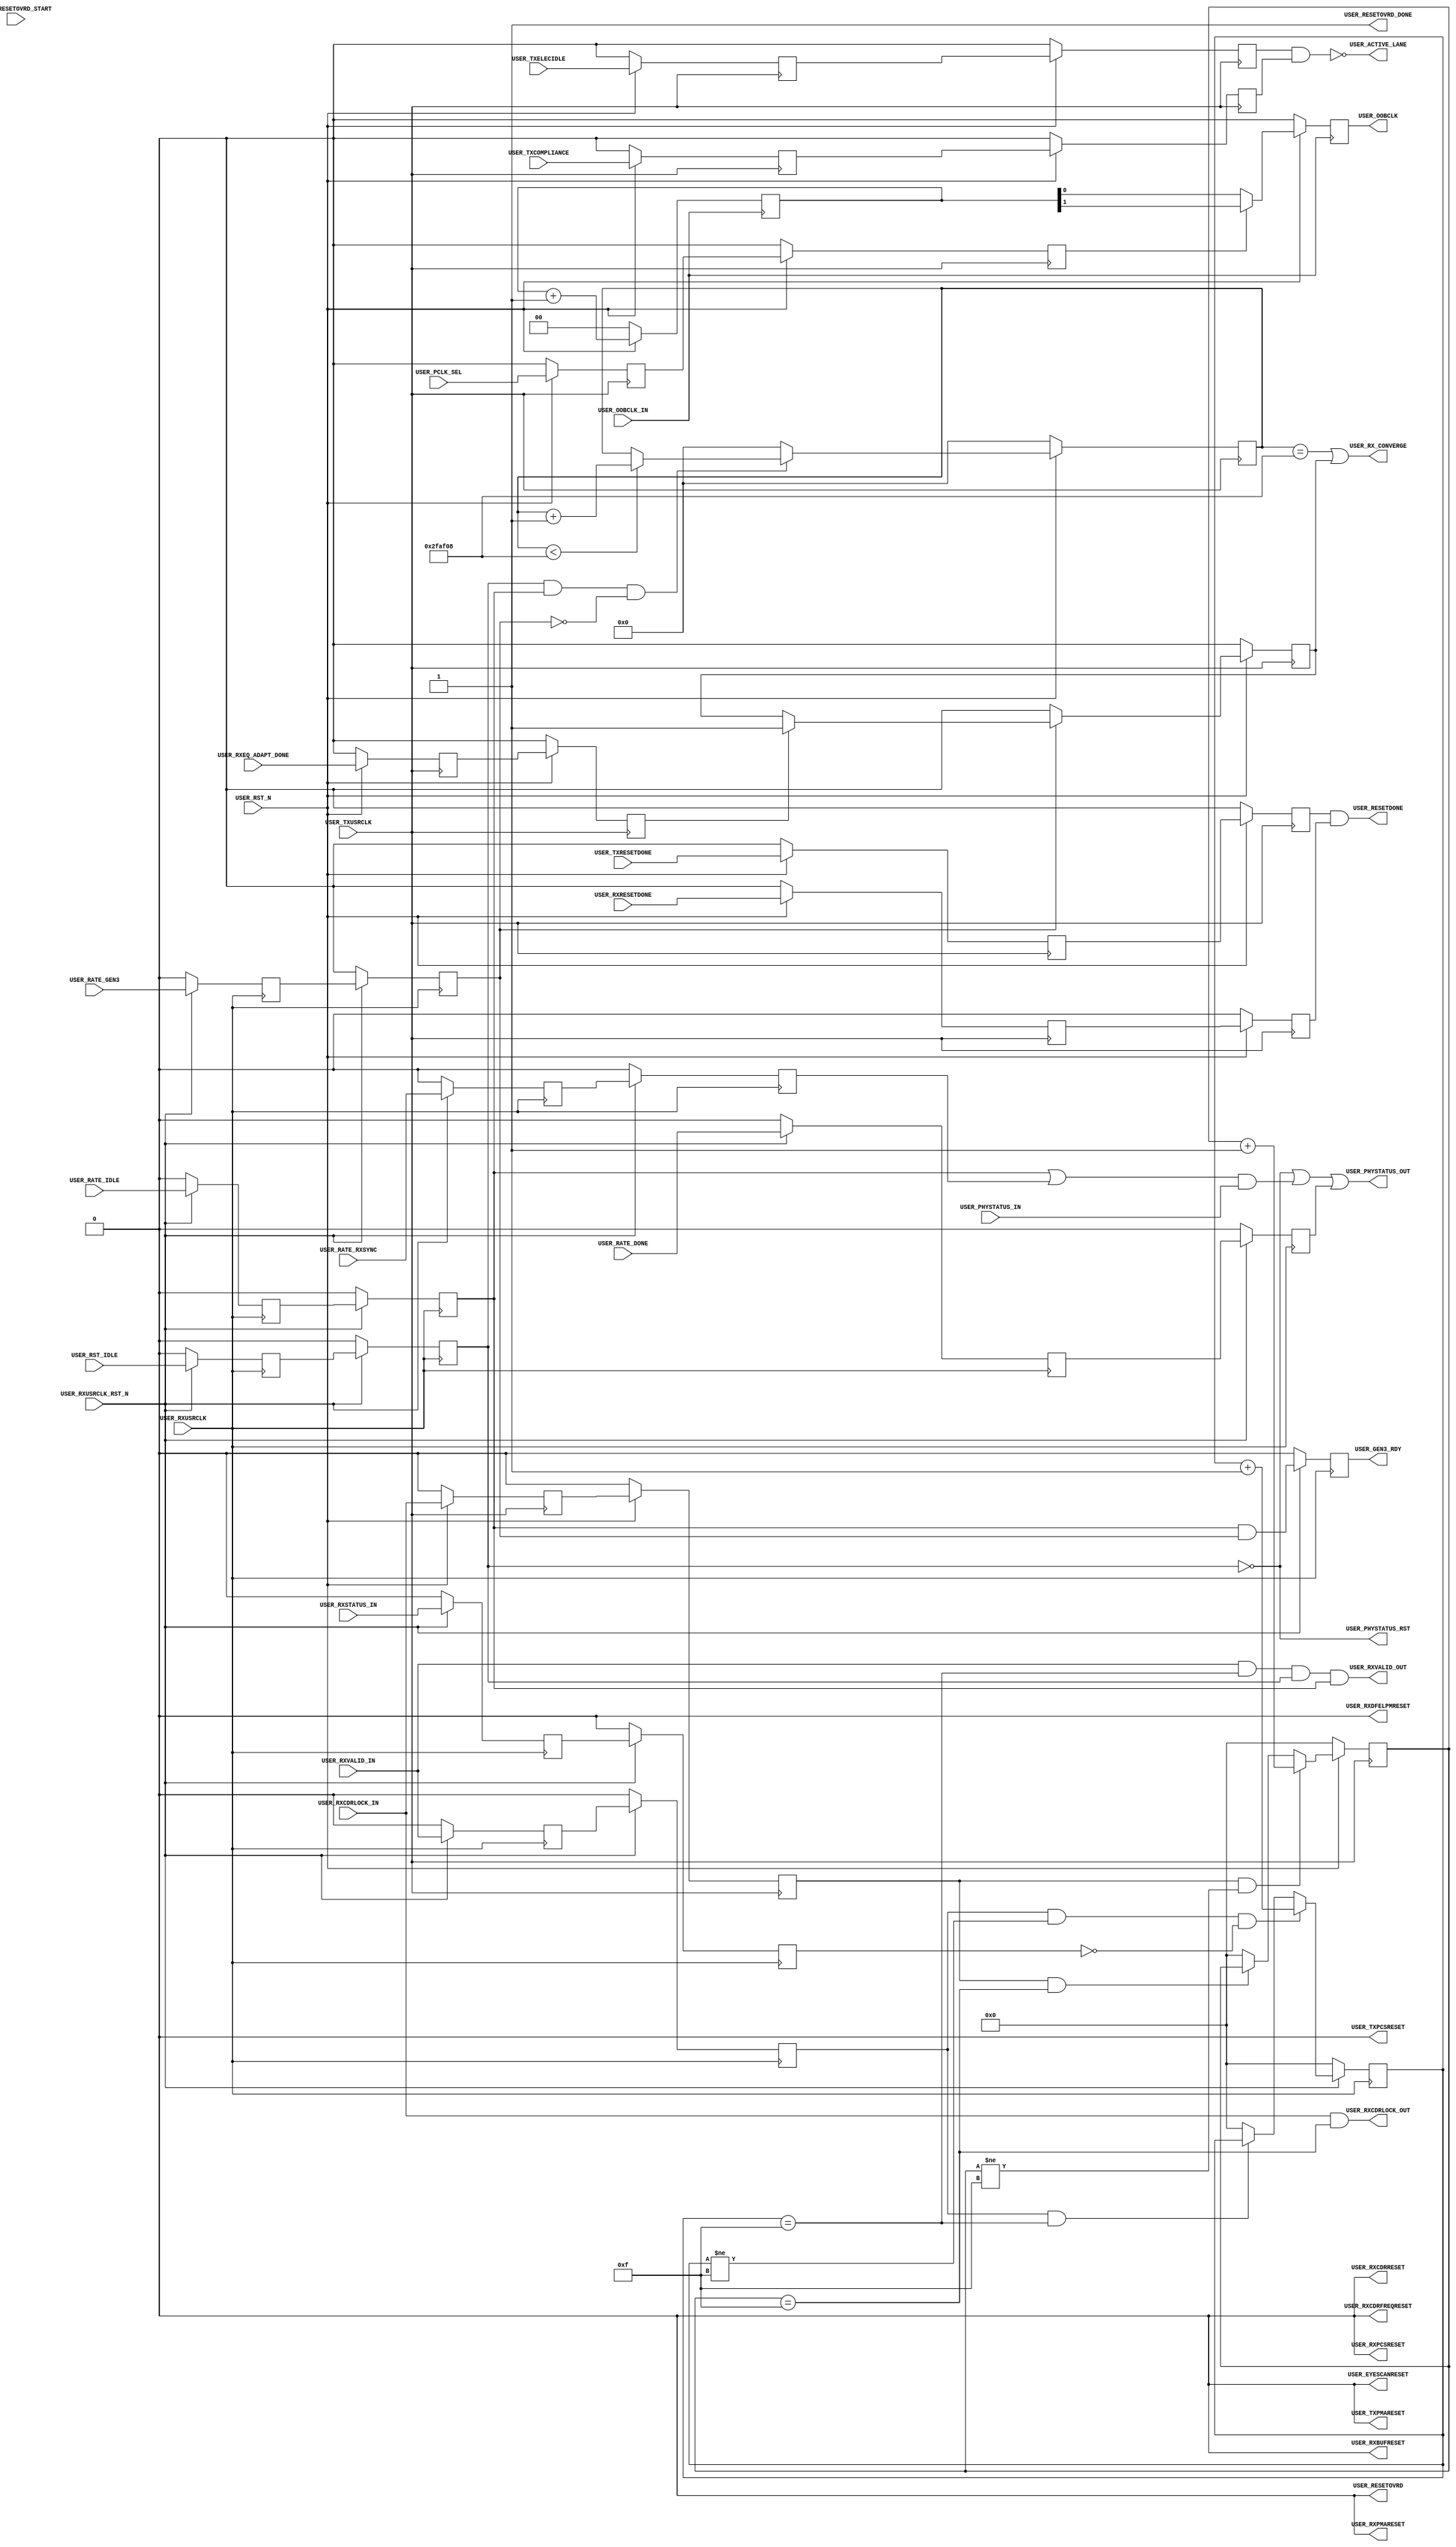
//-----------------------------------------------------------------------------
//
// (c) Copyright 2012-2012 Xilinx, Inc. All rights reserved.
//
// This file contains confidential and proprietary information
// of Xilinx, Inc. and is protected under U.S. and
// international copyright and other intellectual property
// laws.
//
// DISCLAIMER
// This disclaimer is not a license and does not grant any
// rights to the materials distributed herewith. Except as
// otherwise provided in a valid license issued to you by
// Xilinx, and to the maximum extent permitted by applicable
// law: (1) THESE MATERIALS ARE MADE AVAILABLE "AS IS" AND
// WITH ALL FAULTS, AND XILINX HEREBY DISCLAIMS ALL WARRANTIES
// AND CONDITIONS, EXPRESS, IMPLIED, OR STATUTORY, INCLUDING
// BUT NOT LIMITED TO WARRANTIES OF MERCHANTABILITY, NON-
// INFRINGEMENT, OR FITNESS FOR ANY PARTICULAR PURPOSE; and
// (2) Xilinx shall not be liable (whether in contract or tort,
// including negligence, or under any other theory of
// liability) for any loss or damage of any kind or nature
// related to, arising under or in connection with these
// materials, including for any direct, or any indirect,
// special, incidental, or consequential loss or damage
// (including loss of data, profits, goodwill, or any type of
// loss or damage suffered as a result of any action brought
// by a third party) even if such damage or loss was
// reasonably foreseeable or Xilinx had been advised of the
// possibility of the same.
//
// CRITICAL APPLICATIONS
// Xilinx products are not designed or intended to be fail-
// safe, or for use in any application requiring fail-safe
// performance, such as life-support or safety devices or
// systems, Class III medical devices, nuclear facilities,
// applications related to the deployment of airbags, or any
// other applications that could lead to death, personal
// injury, or severe property or environmental damage
// (individually and collectively, "Critical
// Applications"). Customer assumes the sole risk and
// liability of any use of Xilinx products in Critical
// Applications, subject only to applicable laws and
// regulations governing limitations on product liability.
//
// THIS COPYRIGHT NOTICE AND DISCLAIMER MUST BE RETAINED AS
// PART OF THIS FILE AT ALL TIMES.
//
//-----------------------------------------------------------------------------
//
// Project    : Virtex-7 FPGA Gen3 Integrated Block for PCI Express
// Version    : 3.0
//----------------------------------------------------------------------------//
//  Description  :  PIPE User Module for 7 Series Transceiver
//  Version      :  15.3.3
//------------------------------------------------------------------------------



`timescale 1ns / 1ps



//---------- PIPE User Module --------------------------------------------------
module pcie3_7x_v3_0_pipe_user #
(

    parameter PCIE_SIM_MODE    = "FALSE",                   // PCIe sim mode 
    parameter PCIE_USE_MODE    = "3.0",                     // PCIe sim version
    parameter PCIE_OOBCLK_MODE = 1,                         // PCIe OOB clock mode
    parameter RXCDRLOCK_MAX    = 4'd15,                     // RXCDRLOCK max count
    parameter RXVALID_MAX      = 4'd15,                     // RXVALID max count
    parameter CONVERGE_MAX     = 22'd3125000                // Convergence max count
    
)

(

    //---------- Input -------------------------------------
    input               USER_TXUSRCLK,
    input               USER_RXUSRCLK,
    input               USER_OOBCLK_IN,
    input               USER_RST_N,
    input               USER_RXUSRCLK_RST_N,
    input               USER_PCLK_SEL,
    input               USER_RESETOVRD_START,
    input               USER_TXRESETDONE,
    input               USER_RXRESETDONE,
    input               USER_TXELECIDLE,
    input               USER_TXCOMPLIANCE,
    input               USER_RXCDRLOCK_IN,
    input               USER_RXVALID_IN,
    input               USER_RXSTATUS_IN,
    input               USER_PHYSTATUS_IN,
    input               USER_RATE_DONE, 
    input               USER_RST_IDLE,
    input               USER_RATE_RXSYNC,
    input               USER_RATE_IDLE,
    input               USER_RATE_GEN3,
    input               USER_RXEQ_ADAPT_DONE,
    
    //---------- Output ------------------------------------
    output              USER_OOBCLK,
    output              USER_RESETOVRD,
    output              USER_TXPMARESET,                            
    output              USER_RXPMARESET,                           
    output              USER_RXCDRRESET,               
    output              USER_RXCDRFREQRESET,           
    output              USER_RXDFELPMRESET,            
    output              USER_EYESCANRESET,             
    output              USER_TXPCSRESET,                              
    output              USER_RXPCSRESET,                            
    output              USER_RXBUFRESET,   
    output              USER_RESETOVRD_DONE,            
    output              USER_RESETDONE,
    output              USER_ACTIVE_LANE,
    output              USER_RXCDRLOCK_OUT,
    output              USER_RXVALID_OUT,
    output              USER_PHYSTATUS_OUT,
    output              USER_PHYSTATUS_RST,
    output              USER_GEN3_RDY,
    output              USER_RX_CONVERGE 

);
    
    //---------- Input Registers ---------------------------   
(* ASYNC_REG = "TRUE", SHIFT_EXTRACT = "NO" *)    reg                 pclk_sel_reg1;
(* ASYNC_REG = "TRUE", SHIFT_EXTRACT = "NO" *)    reg                 resetovrd_start_reg1;
(* ASYNC_REG = "TRUE", SHIFT_EXTRACT = "NO" *)    reg                 txresetdone_reg1;
(* ASYNC_REG = "TRUE", SHIFT_EXTRACT = "NO" *)    reg                 rxresetdone_reg1; 
(* ASYNC_REG = "TRUE", SHIFT_EXTRACT = "NO" *)    reg                 txelecidle_reg1;
(* ASYNC_REG = "TRUE", SHIFT_EXTRACT = "NO" *)    reg                 txcompliance_reg1;
(* ASYNC_REG = "TRUE", SHIFT_EXTRACT = "NO" *)    reg                 rxcdrlock_reg1;
(* ASYNC_REG = "TRUE", SHIFT_EXTRACT = "NO" *)    reg                 rxvalid_reg1;
(* ASYNC_REG = "TRUE", SHIFT_EXTRACT = "NO" *)    reg                 rxstatus_reg1;
(* ASYNC_REG = "TRUE", SHIFT_EXTRACT = "NO" *)    reg                 rate_done_reg1;
(* ASYNC_REG = "TRUE", SHIFT_EXTRACT = "NO" *)    reg                 rst_idle_reg1;
(* ASYNC_REG = "TRUE", SHIFT_EXTRACT = "NO" *)    reg                 rate_rxsync_reg1;
(* ASYNC_REG = "TRUE", SHIFT_EXTRACT = "NO" *)    reg                 rate_idle_reg1;
(* ASYNC_REG = "TRUE", SHIFT_EXTRACT = "NO" *)    reg                 rate_gen3_reg1;
(* ASYNC_REG = "TRUE", SHIFT_EXTRACT = "NO" *)    reg                 rxeq_adapt_done_reg1;

(* ASYNC_REG = "TRUE", SHIFT_EXTRACT = "NO" *)    reg                 pclk_sel_reg2;
(* ASYNC_REG = "TRUE", SHIFT_EXTRACT = "NO" *)    reg                 resetovrd_start_reg2;
(* ASYNC_REG = "TRUE", SHIFT_EXTRACT = "NO" *)    reg                 txresetdone_reg2;
(* ASYNC_REG = "TRUE", SHIFT_EXTRACT = "NO" *)    reg                 rxresetdone_reg2; 
(* ASYNC_REG = "TRUE", SHIFT_EXTRACT = "NO" *)    reg                 txelecidle_reg2;
(* ASYNC_REG = "TRUE", SHIFT_EXTRACT = "NO" *)    reg                 txcompliance_reg2;
(* ASYNC_REG = "TRUE", SHIFT_EXTRACT = "NO" *)	  reg	              rxcdrlock_reg2;
(* ASYNC_REG = "TRUE", SHIFT_EXTRACT = "NO" *)    reg                 rxvalid_reg2;
(* ASYNC_REG = "TRUE", SHIFT_EXTRACT = "NO" *)    reg                 rxstatus_reg2; 
(* ASYNC_REG = "TRUE", SHIFT_EXTRACT = "NO" *)    reg                 rate_done_reg2;   
(* ASYNC_REG = "TRUE", SHIFT_EXTRACT = "NO" *)    reg                 rst_idle_reg2; 
(* ASYNC_REG = "TRUE", SHIFT_EXTRACT = "NO" *)    reg                 rate_rxsync_reg2;
(* ASYNC_REG = "TRUE", SHIFT_EXTRACT = "NO" *)    reg                 rate_idle_reg2;
(* ASYNC_REG = "TRUE", SHIFT_EXTRACT = "NO" *)    reg                 rate_gen3_reg2;
(* ASYNC_REG = "TRUE", SHIFT_EXTRACT = "NO" *)    reg                 rxeq_adapt_done_reg2;
    
    //---------- Internal Signal ---------------------------
    reg         [ 1:0]  oobclk_cnt    =  2'd0;
    reg         [ 7:0]  reset_cnt     =  8'd127;
    reg         [ 3:0]  rxcdrlock_cnt =  4'd0;
    reg         [ 3:0]  rxvalid_cnt   =  4'd0;
    reg         [21:0]  converge_cnt  = 22'd0;
    reg                 converge_gen3 =  1'd0;
    
    //---------- Output Registers --------------------------
    reg                 oobclk   = 1'd0;
    reg         [ 7:0]  reset    = 8'h00;
    reg                 gen3_rdy = 1'd0;
    reg         [ 1:0]  fsm      = 2'd0;
    
    //---------- FSM ---------------------------------------                                         
    localparam          FSM_IDLE       = 2'd0; 
    localparam          FSM_RESETOVRD  = 2'd1;
    localparam          FSM_RESET_INIT = 2'd2;
    localparam          FSM_RESET      = 2'd3;    
    
    //---------- Simulation Speedup ------------------------
    localparam converge_max_cnt = (PCIE_SIM_MODE == "TRUE") ? 22'd100 : CONVERGE_MAX;                                                              



//---------- Input FF ----------------------------------------------------------
always @ (posedge USER_TXUSRCLK)
begin

    if (!USER_RST_N)
        begin    
        //---------- 1st Stage FF --------------------------  
        pclk_sel_reg1        <= 1'd0; 
        resetovrd_start_reg1 <= 1'd0;
        txresetdone_reg1     <= 1'd0;
        rxresetdone_reg1     <= 1'd0; 
        txelecidle_reg1      <= 1'd0;
        txcompliance_reg1    <= 1'd0;
        rxcdrlock_reg1 	     <= 1'd0;
        rxeq_adapt_done_reg1 <= 1'd0;
        //---------- 2nd Stage FF --------------------------
        pclk_sel_reg2        <= 1'd0;
        resetovrd_start_reg2 <= 1'd0;
        txresetdone_reg2     <= 1'd0;
        rxresetdone_reg2     <= 1'd0; 
        txelecidle_reg2      <= 1'd0;
        txcompliance_reg2    <= 1'd0;
        rxcdrlock_reg2 	     <= 1'd0;
        rxeq_adapt_done_reg2 <= 1'd0;
        end
    else
        begin  
        //---------- 1st Stage FF --------------------------
        pclk_sel_reg1        <= USER_PCLK_SEL;
        resetovrd_start_reg1 <= USER_RESETOVRD_START;
        txresetdone_reg1     <= USER_TXRESETDONE;
        rxresetdone_reg1     <= USER_RXRESETDONE;
        txelecidle_reg1      <= USER_TXELECIDLE;
        txcompliance_reg1    <= USER_TXCOMPLIANCE;
        rxcdrlock_reg1 	     <= USER_RXCDRLOCK_IN;
        rxeq_adapt_done_reg1 <= USER_RXEQ_ADAPT_DONE;
        //---------- 2nd Stage FF --------------------------
        pclk_sel_reg2        <= pclk_sel_reg1;
        resetovrd_start_reg2 <= resetovrd_start_reg1;
        txresetdone_reg2     <= txresetdone_reg1;      
        rxresetdone_reg2     <= rxresetdone_reg1;      
        txelecidle_reg2      <= txelecidle_reg1;       
        txcompliance_reg2    <= txcompliance_reg1;  
        rxcdrlock_reg2 	     <= rxcdrlock_reg1;  
        rxeq_adapt_done_reg2 <= rxeq_adapt_done_reg1;
        end
        
end 



//---------- Input FF ----------------------------------------------------------
always @ (posedge USER_RXUSRCLK)
begin

    if (!USER_RXUSRCLK_RST_N)
        begin    
        //---------- 1st Stage FF --------------------------   
        rxvalid_reg1     <= 1'd0;
        rxstatus_reg1    <= 1'd0;
        rst_idle_reg1    <= 1'd0; 
        rate_done_reg1   <= 1'd0;
        rate_rxsync_reg1 <= 1'd0;
        rate_idle_reg1   <= 1'd0;
        rate_gen3_reg1   <= 1'd0;
        //---------- 2nd Stage FF --------------------------
        rxvalid_reg2     <= 1'd0;
        rxstatus_reg2    <= 1'd0;
        rst_idle_reg2    <= 1'd0; 
        rate_done_reg2   <= 1'd0;
        rate_rxsync_reg2 <= 1'd0;
        rate_idle_reg2   <= 1'd0;
        rate_gen3_reg2   <= 1'd0;
        end
    else
        begin  
        //---------- 1st Stage FF --------------------------
        rxvalid_reg1     <= USER_RXVALID_IN;
        rxstatus_reg1    <= USER_RXSTATUS_IN;
        rst_idle_reg1    <= USER_RST_IDLE; 
        rate_done_reg1   <= USER_RATE_DONE;
        rate_rxsync_reg1 <= USER_RATE_RXSYNC;
        rate_idle_reg1   <= USER_RATE_IDLE;
        rate_gen3_reg1   <= USER_RATE_GEN3;
        //---------- 2nd Stage FF --------------------------  	   
        rxvalid_reg2     <= rxvalid_reg1;            
        rxstatus_reg2    <= rxstatus_reg1; 
        rst_idle_reg2    <= rst_idle_reg1;
        rate_done_reg2   <= rate_done_reg1;  
        rate_rxsync_reg2 <= rate_rxsync_reg1;
        rate_idle_reg2   <= rate_idle_reg1;
        rate_gen3_reg2   <= rate_gen3_reg1;      
        end
        
end 



//---------- Generate Reset Override -------------------------------------------
generate if (PCIE_USE_MODE == "1.0") 

    begin : resetovrd

    //---------- Reset Counter -------------------------------------------------
    always @ (posedge USER_TXUSRCLK)
    begin
    
        if (!USER_RST_N)
            reset_cnt <= 8'd127;
        else
        
            //---------- Decrement Counter ---------------------
            if (((fsm == FSM_RESETOVRD) || (fsm == FSM_RESET)) && (reset_cnt != 8'd0))
                reset_cnt <= reset_cnt - 8'd1;
                
            //---------- Reset Counter -------------------------
            else 
            
                case (reset) 
                8'b00000000 : reset_cnt <= 8'd127;              // Programmable PMARESET       time
                8'b11111111 : reset_cnt <= 8'd127;              // Programmable RXCDRRESET     time
                8'b11111110 : reset_cnt <= 8'd127;              // Programmable RXCDRFREQRESET time
                8'b11111100 : reset_cnt <= 8'd127;              // Programmable RXDFELPMRESET  time
                8'b11111000 : reset_cnt <= 8'd127;              // Programmable EYESCANRESET   time
                8'b11110000 : reset_cnt <= 8'd127;              // Programmable PCSRESET       time
                8'b11100000 : reset_cnt <= 8'd127;              // Programmable RXBUFRESET     time
                8'b11000000 : reset_cnt <= 8'd127;              // Programmable RESETOVRD deassertion time
                8'b10000000 : reset_cnt <= 8'd127;
                default     : reset_cnt <= 8'd127; 
                endcase
                
    end 
    
    
    
    //---------- Reset Shift Register ------------------------------------------
    always @ (posedge USER_TXUSRCLK)
    begin
    
        if (!USER_RST_N)
            reset <= 8'h00;
        else
        
            //---------- Initialize Reset Register ---------
            if (fsm == FSM_RESET_INIT)
                reset <= 8'hFF;   
            //---------- Shift Reset Register --------------
            else if ((fsm == FSM_RESET) && (reset_cnt == 8'd0))
                reset <= {reset[6:0], 1'd0};        
            //---------- Hold Reset Register ---------------
            else
                reset <= reset;
            
    end
         
            
    
    //---------- Reset Override FSM --------------------------------------------
    always @ (posedge USER_TXUSRCLK)
    begin
    
        if (!USER_RST_N)
            fsm <= FSM_IDLE;     
                           
        else
        
            begin
            
            case (fsm)
            //---------- Idle State ------------------------
            FSM_IDLE       : fsm <= resetovrd_start_reg2 ? FSM_RESETOVRD : FSM_IDLE;
            //---------- Assert RESETOVRD ------------------
            FSM_RESETOVRD  : fsm <= (reset_cnt == 8'd0) ? FSM_RESET_INIT : FSM_RESETOVRD;
            //---------- Initialize Reset ------------------
            FSM_RESET_INIT : fsm <= FSM_RESET;
            //---------- Shift Reset -----------------------
            FSM_RESET      : fsm <= ((reset == 8'd0) && rxresetdone_reg2) ? FSM_IDLE : FSM_RESET;  
            //---------- Default State ---------------------
            default        : fsm <= FSM_IDLE;
        	  endcase
            
            end
    
    end
    
    end 

//---------- Disable Reset Override --------------------------------------------
else 

    begin : resetovrd_disble

    //---------- Generate Default Signals --------------------------------------
    always @ (posedge USER_TXUSRCLK)
    begin    
    
       if (!USER_RST_N)
           begin   
           reset_cnt <= 8'hFF;
           reset     <= 8'd0;
           fsm       <= 2'd0; 
           end
       else
           begin   
           reset_cnt <= 8'hFF;
           reset     <= 8'd0;
           fsm       <= 2'd0; 
           end
        
    end

    end

endgenerate



//---------- Generate OOB Clock Divider ------------------------
generate if (PCIE_OOBCLK_MODE == 1) 

    begin : oobclk_div
    
    //---------- OOB Clock Divider -----------------------------
    always @ (posedge USER_OOBCLK_IN)
    begin
    
        if (!USER_RST_N)
            begin
            oobclk_cnt <= 2'd0;
            oobclk     <= 1'd0;
            end
        else
            begin
            oobclk_cnt <= oobclk_cnt + 2'd1;
            oobclk     <= pclk_sel_reg2 ? oobclk_cnt[1] : oobclk_cnt[0];
            end
            
    end 
    
    end
   
else

    begin : oobclk_div_disable
    
    //---------- OOB Clock Default -------------------------
    always @ (posedge USER_OOBCLK_IN)
    begin
    
        if (!USER_RST_N)
            begin
            oobclk_cnt <= 2'd0;
            oobclk     <= 1'd0;
            end
        else
            begin
            oobclk_cnt <= 2'd0;
            oobclk     <= 1'd0;
            end
            
    end 
    
    end   
   
endgenerate

//---------- RXCDRLOCK Filter --------------------------------------------------
always @ (posedge USER_TXUSRCLK)
begin

    if (!USER_RST_N)
        rxcdrlock_cnt <= 4'd0;
    else
    
        //---------- Increment RXCDRLOCK Counter -----------
        if (rxcdrlock_reg2 && (rxcdrlock_cnt != RXCDRLOCK_MAX))
            rxcdrlock_cnt <= rxcdrlock_cnt + 4'd1;
            
        //---------- Hold RXCDRLOCK Counter ----------------
        else if (rxcdrlock_reg2 && (rxcdrlock_cnt == RXCDRLOCK_MAX))
            rxcdrlock_cnt <= rxcdrlock_cnt;
            
        //---------- Reset RXCDRLOCK Counter ---------------
        else
            rxcdrlock_cnt <= 4'd0;
        
end 



//---------- RXVALID Filter ----------------------------------------------------
always @ (posedge USER_RXUSRCLK)
begin

    if (!USER_RXUSRCLK_RST_N)
        rxvalid_cnt <= 4'd0;
    else
    
        //---------- Increment RXVALID Counter -------------
        if (rxvalid_reg2 && (rxvalid_cnt != RXVALID_MAX) && (!rxstatus_reg2))
            rxvalid_cnt <= rxvalid_cnt + 4'd1;
            
        //---------- Hold RXVALID Counter ------------------
        else if (rxvalid_reg2 && (rxvalid_cnt == RXVALID_MAX))
            rxvalid_cnt <= rxvalid_cnt;
            
        //---------- Reset RXVALID Counter -----------------
        else
            rxvalid_cnt <= 4'd0;
        
end 



//---------- Converge Counter --------------------------------------------------
always @ (posedge USER_TXUSRCLK)
begin

    if (!USER_RST_N)
        converge_cnt <= 22'd0;
    else
    
        //---------- Enter Gen1/Gen2 -----------------------
        if (rst_idle_reg2 && rate_idle_reg2 && !rate_gen3_reg2)
            begin
            
            //---------- Increment Converge Counter --------
            if (converge_cnt < converge_max_cnt) 
                converge_cnt <= converge_cnt + 22'd1;
            //---------- Hold Converge Counter -------------
            else 
                converge_cnt <= converge_cnt;
                
            end
            
        //---------- Reset Converge Counter ----------------
        else
            converge_cnt <= 22'd0;
        
end 



//---------- Converge ----------------------------------------------------------
always @ (posedge USER_TXUSRCLK)
begin

    if (!USER_RST_N)
        converge_gen3 <= 1'd0;
    else
    
        //---------- Enter Gen3 ----------------------------
        if (rate_gen3_reg2)
        
            //---------- Wait for RX equalization adapt done 
            if (rxeq_adapt_done_reg2)
                converge_gen3 <= 1'd1;
            else
                converge_gen3 <= converge_gen3;
        
        //-------- Exit Gen3 -------------------------------
        else
        
            converge_gen3 <= 1'd0;
        
        
end 



//---------- GEN3_RDY Generator ------------------------------------------------
always @ (posedge USER_RXUSRCLK)
begin

    if (!USER_RXUSRCLK_RST_N)
        gen3_rdy <= 1'd0;
    else   
        gen3_rdy <= rate_idle_reg2 && rate_gen3_reg2;    
        
end 



//---------- PIPE User Override Reset Output -----------------------------------  
assign USER_RESETOVRD      = (fsm != FSM_IDLE);
assign USER_TXPMARESET     = 1'd0; 
assign USER_RXPMARESET     = reset[0];  
assign USER_RXCDRRESET     = reset[1];
assign USER_RXCDRFREQRESET = reset[2];
assign USER_RXDFELPMRESET  = reset[3];
assign USER_EYESCANRESET   = reset[4];
assign USER_TXPCSRESET     = 1'd0;  
assign USER_RXPCSRESET     = reset[5];  
assign USER_RXBUFRESET     = reset[6];  
assign USER_RESETOVRD_DONE = (fsm == FSM_IDLE);

//---------- PIPE User Output --------------------------------------------------
assign USER_OOBCLK         = oobclk; 
assign USER_RESETDONE      = (txresetdone_reg2 && rxresetdone_reg2);
assign USER_ACTIVE_LANE    = !(txelecidle_reg2 && txcompliance_reg2);
//----------------------------------------------------------
assign USER_RXCDRLOCK_OUT  = (USER_RXCDRLOCK_IN && (rxcdrlock_cnt == RXCDRLOCK_MAX));        // Filtered RXCDRLOCK
//----------------------------------------------------------
assign USER_RXVALID_OUT    = ((USER_RXVALID_IN  && (rxvalid_cnt == RXVALID_MAX)) &&          // Filtered RXVALID
                              rst_idle_reg2                                      &&          // Force RXVALID = 0 during reset
                              rate_idle_reg2);                                               // Force RXVALID = 0 during rate change
//----------------------------------------------------------
assign USER_PHYSTATUS_OUT  = (!rst_idle_reg2                                              || // Force PHYSTATUS = 1 during reset
                              ((rate_idle_reg2 || rate_rxsync_reg2) && USER_PHYSTATUS_IN) || // Raw PHYSTATUS
                              rate_done_reg2);                                               // Gated PHYSTATUS for rate change
//----------------------------------------------------------
assign USER_PHYSTATUS_RST  = !rst_idle_reg2;                                                 // Filtered PHYSTATUS for reset
//----------------------------------------------------------
assign USER_GEN3_RDY       = gen3_rdy;                                                      
//----------------------------------------------------------
assign USER_RX_CONVERGE    = (converge_cnt == converge_max_cnt) || converge_gen3;   



endmodule